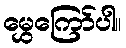
မွှေကြော်ပါ။